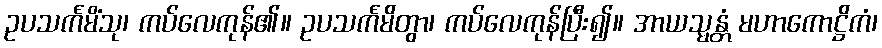
ဥပသင်္ကမိံသု၊ ကပ်လေကုန်၏။ ဥပသင်္ကမိတွာ၊ ကပ်လေကုန်ပြီး၍။ အာယသ္မန္တံ မဟာကောဋ္ဌိကံ၊